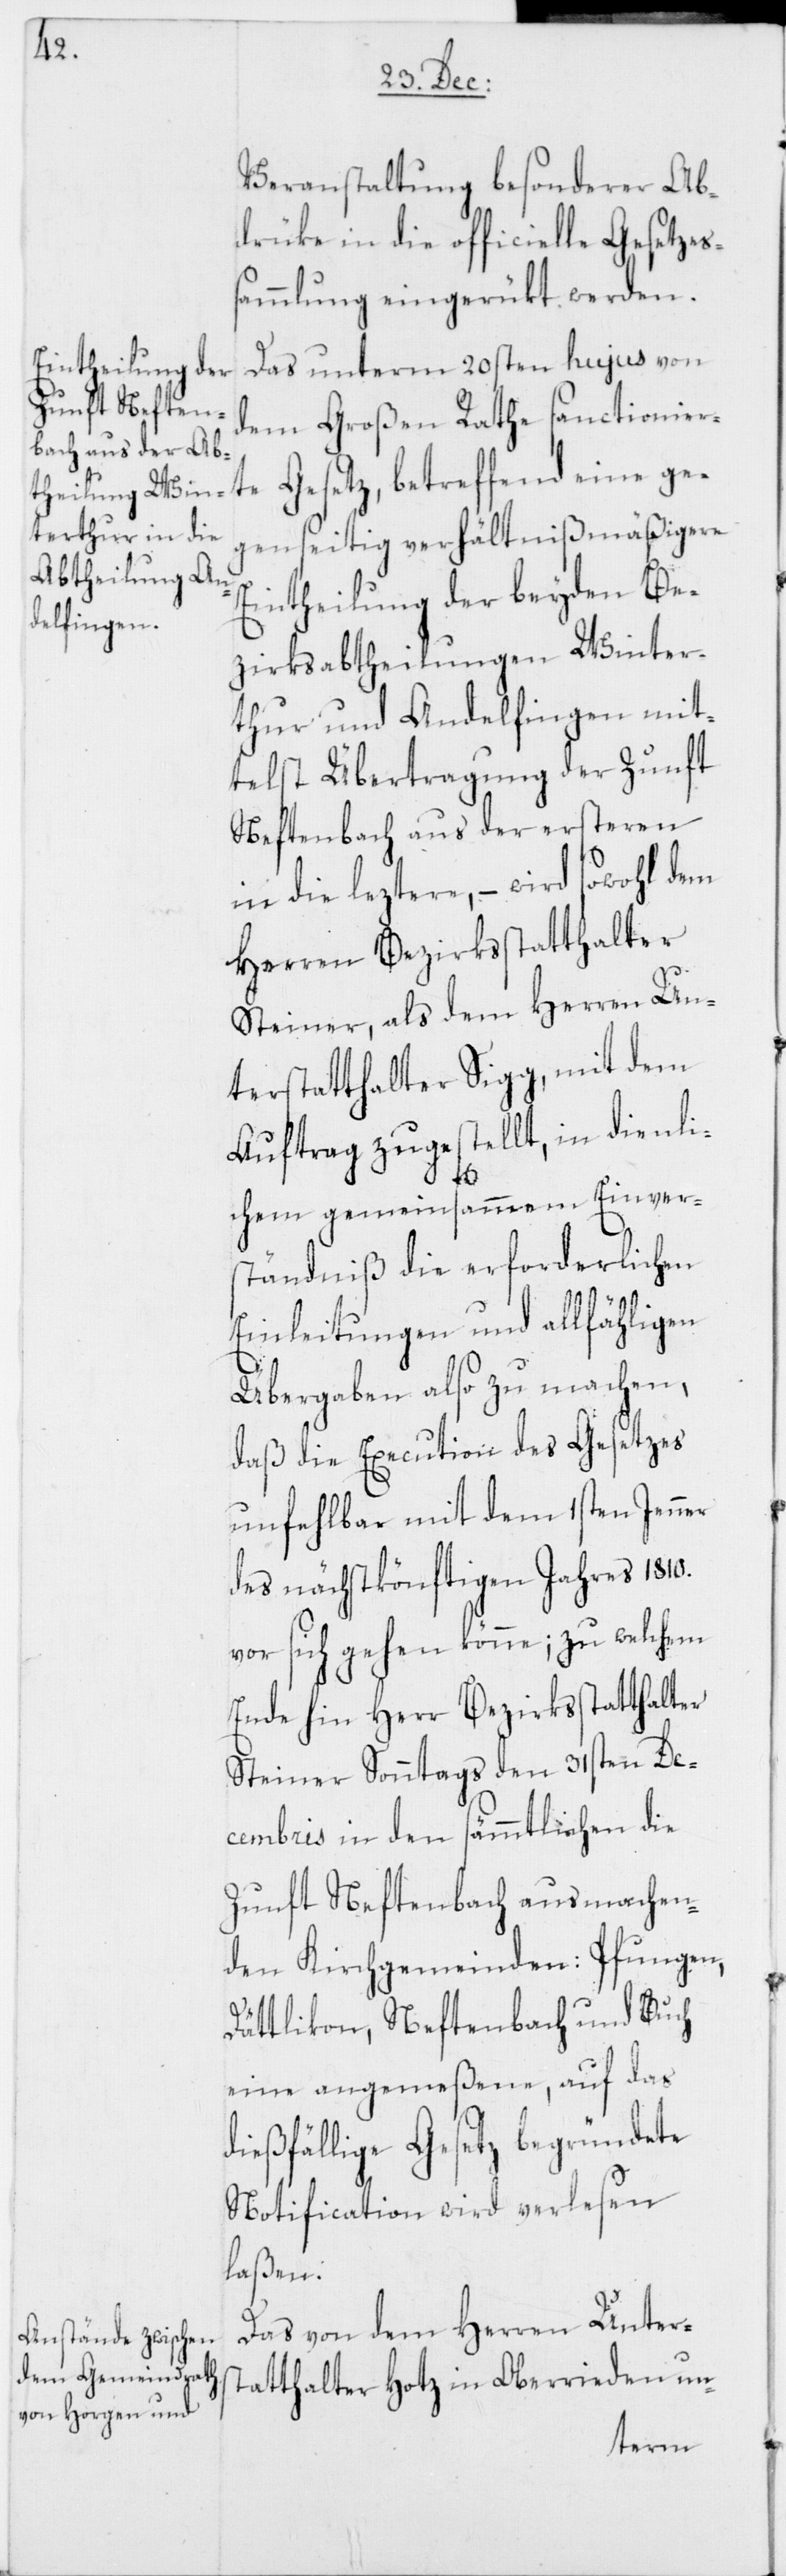
Veranstaltung besonderer Ab¬
drüke in die officielle Gesetzes¬
sammlung eingerükt werden.
Das unterm 20sten hujus von
dem Großen Rathe sanctionier¬
te Gesetz, betreffend eine ge¬
genseitig verhältnißmäßigere
Eintheilung der beyden Be¬
zirksabtheilungen Winter¬
thur und Andelfingen mit¬
telst Übertragung der Zunft
Neftenbach aus der ersteren
in die leztere, – wird sowohl dem
Herren Bezirksstatthalter
Steiner, als dem Herren Un¬
terstatthalter Sigg, mit dem
Auftrag zugestellt, in dienli¬
chem gemeinsammem Einver¬
ständniß die erforderlichen
Einleitungen und allfähligen
Übergaben also zu machen,
daß die Execution des Gesetzes
unfehlbar mit dem 1sten Jenner
des nächstkönftigen Jahres 1810.
vor sich gehen könne; zu welchem
Ende hin Herr Bezirksstatthalter
Steiner Sonntags den 31sten De¬
cembris in den sämmtlichen die
Zunft Neftenbach ausmachen¬
den Kirchgemeinden: Pfungen,
Dättlikon, Neftenbach und Buch
eine angemeßene, auf das
dießfällige Gesetz begründete
Notification wird verlesen
laßen.
Das von dem Herren Unters¬
tatthalter Hotz in Oberrieden un-